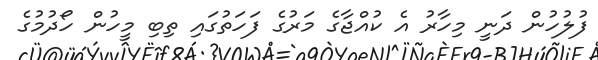
ފުލުހުން ދަނީ މިހާރު އެ ކުއްޖާގެ މަރުގެ ފަހަތުގައި ތިބި މީހުން ހޯދުމުގެ